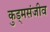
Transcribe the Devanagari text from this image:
कुड्मसंजीव